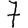
Digit: 7